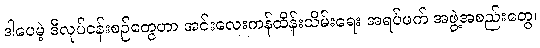
ဒါပေမဲ့ ဒီလုပ်ငန်းစဉ်တွေဟာ အင်းလေးကန်ထိန်းသိမ်းရေး အရပ်ဖက် အဖွဲ့အစည်းတွေ၊